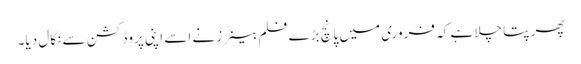
پھر پتا چلا ہے کہ فروری میں پانچ بڑے فلم بینرز نے اسے اپنی پروڈکشن سے نکال دیا۔